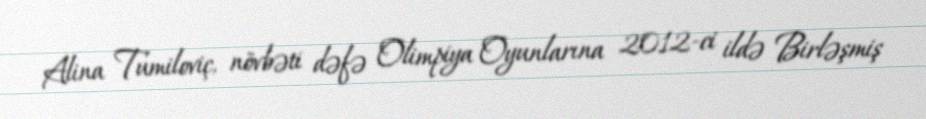
Alina Tumiloviç, növbəti dəfə Olimpiya Oyunlarına 2012-ci ildə Birləşmiş